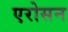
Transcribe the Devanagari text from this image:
एरोसन